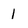
Character: 1